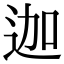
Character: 迦